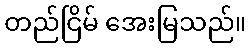
တည်ငြိမ် အေးမြသည်။